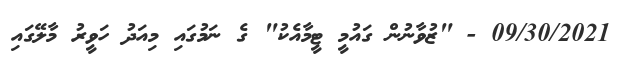
09/30/2021 - "ޒުވާނުން ގައުމީ ޓީމާއެކު" ގެ ނަމުގައި މިއަދު ހަވީރު މާލޭގައި